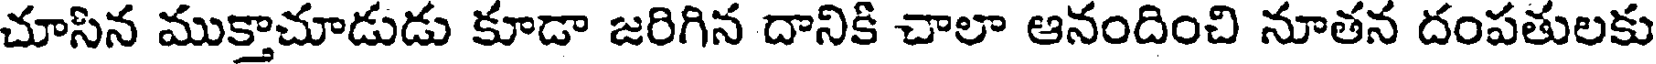
చూసిన ముక్తాచూడుడు కూడా జరిగిన దానికి చాలా ఆనందించి నూతన దంపతులకు